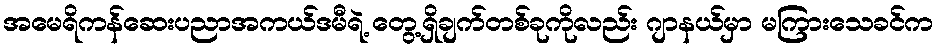
အမေရိကန်ဆေးပညာအကယ်ဒမီရဲ့ တွေ့ရှိချက်တစ်ခုကိုလည်း ဂျာနယ်မှာ မကြားသေခင်က